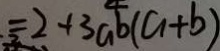
= 2 + 3 a b ( a + b )